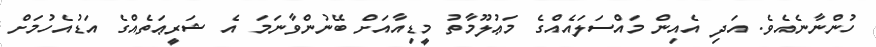
ހުންނާނެއެވެ. އަދި އެއިން މައްސަލައެއްގެ މަޢުލޫމާތު މީޑިއާއަށް ބޭނުންވާނަމަ އެ ޝަރީޢަތެއްގެ އަޑުއެހުމަށް